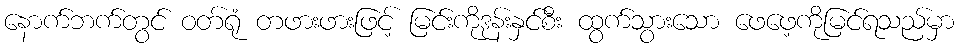
နောက်ဘက်တွင် ဝတ်ရုံ တဖားဖားဖြင့် မြင်းကိုဒုန်းနှင်စီး ထွက်သွားသော ဖေဖေ့ကိုမြင်ရသည်မှာ